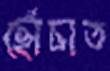
ছোঁচাত